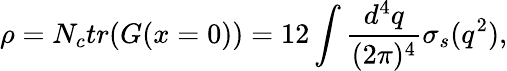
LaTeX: \rho=N_{c}tr(G(x=0))=12\int\frac{d^{4}q}{(2\pi)^{4}}\sigma_{s}(q^{2}),